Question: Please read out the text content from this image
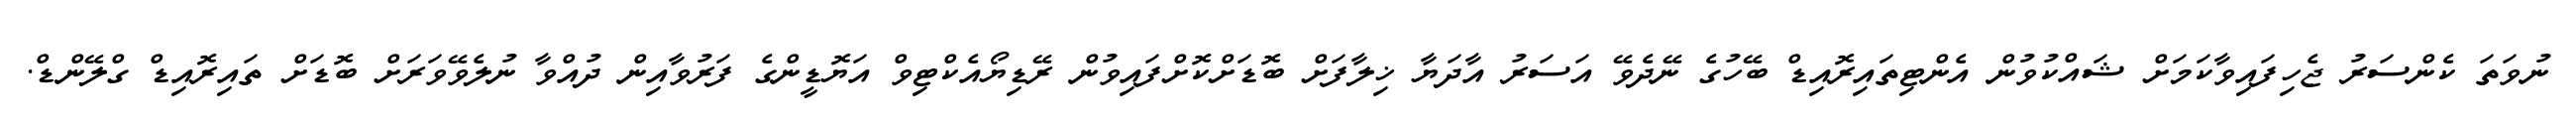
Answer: ނުވަތަ ކެންސަރު ޖެހިފައިވާކަމަށް ޝައްކުވުން އެންޓިތައިރޮއިޑް ބޭހުގެ ނޭދެވޭ އަސަރު އާދަޔާ ޚިލާފަށް ބޮޑަށްކޮށްފައިވުން ރޭޑިޔޯއެކްޓިވް އަޔޮޑީންގެ ފަރުވާއިން ދުއްވާ ނުލެވޭވަރަށް ބޮޑަށް ތައިރޮއިޑް ގްލޭންޑް.